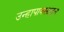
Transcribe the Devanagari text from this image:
उन्हापावसातून